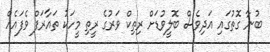
ބުނާ ގޮތުގައި އަދިވެސް ބޮލީވުޑަށް ރިތިކް ވަރުގެ ރީތި މީހަކު ތައާރަފް ވެފައެއް